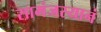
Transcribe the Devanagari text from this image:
सामंजस्यानं